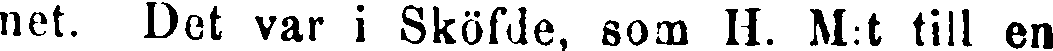
net. Det var i Sköfde, som H. M:t till en